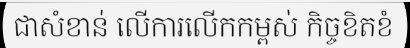
ជាសំខាន់ លើការលើកកម្ពស់ កិច្ចខិតខំ